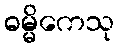
ဓမ္မိကေသု